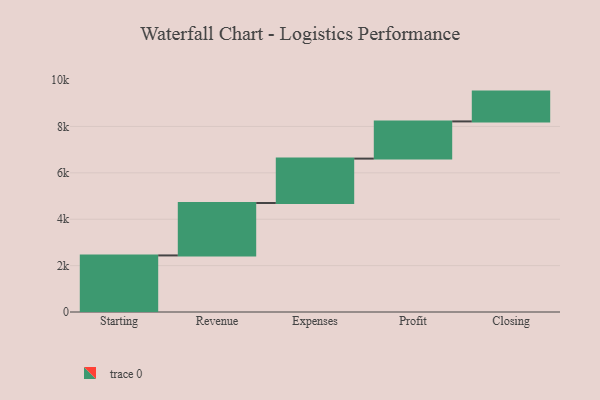
{"axis": {"x": "Step", "y": "Value"}, "legend": [""], "data": [{"x": "Starting", "y": 2439.0, "type": ""}, {"x": "Revenue", "y": 2261.0, "type": ""}, {"x": "Expenses", "y": 1913.0, "type": ""}, {"x": "Profit", "y": 1604.0, "type": ""}, {"x": "Closing", "y": 1285.0, "type": ""}]}